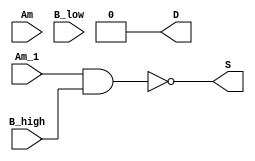
`timescale 1ns/1ns
module LUT_c_app3(
    input           Am          ,
    input           B_low       ,
    input           Am_1        ,
    input           B_high      ,
    output          S           ,
    output          D           //           
);

    assign D = 1'b0;
	assign S = !(Am_1 & B_high);

endmodule // LUT_c_app3